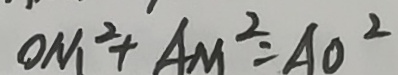
O M ^ { 2 } + A M ^ { 2 } = A O ^ { 2 }